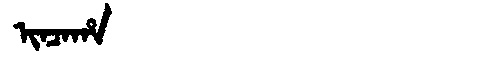
Manchu: ᡳᠨᠴᠠᡥᠠ
Romanization: INCAHA